Report of the Municipal Commissioner on the plague in Bombay for the year ending 31st May... - Volume 1
Disease focus: Plague
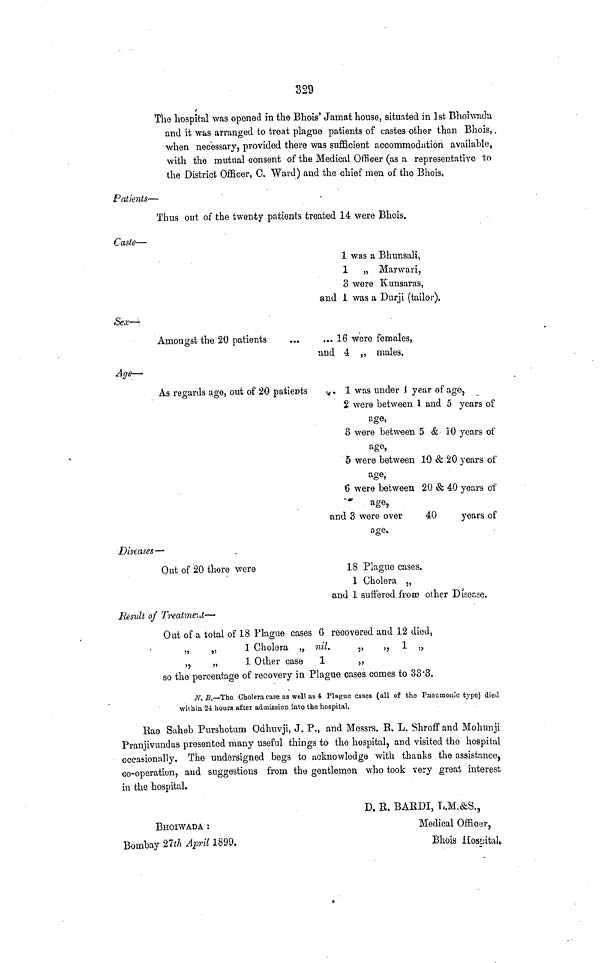
329
The hospital was opened in the Bhois' Jamat house, situated in 1st Bhohvadu
and it was arranged to treat plague patients of castes other than Bhois,
•when necessary, provided there was sufficient accommodation availahle,
with the mutual consent of the Medical Officer (as a representative to
the District Officer, C. Ward) and the chief men of the Bhois.
Patients—
Thus out of the twenty patients treated 14 were Bhois.
Caste—
1 was a Bhunsalij
1 „ Marwari,
3 were Kunsaras,
and 1 was a Durji (tailor).
Sex—'
Amongst the 20 patients
...
.,.16 were females,
•and 4 „ males.
Age—
As regards age, out of 20 patients
1 was under 1 year of age,
2 were between I and 5 years of
age,
8 were between 5 & 10 years of
ago,
5 were between 10 & 20 years of
age,
6 were between 20 & 40 years of
age,
and 3 were over
40
years of
age.
Diseases —
Out of 20 there were
18 Plague cases.
1 Cholera „
and 1 suffered from other Disease.
Result of Twatme f ,d—
Out of a total of 18 Plague cases 6 recovered and 12 died,
„
„
3 Cholera „ nil.
„
„ 1 „
,,
„
1 Other case
1
,,
so the percentage of recovery in Plague cases comes to 33 '8.
N-. B.—The Choi eta case as well as 4 Plague cases (all of the PneumonJc type) died
within 24 hours after admission into the hospital.
Eao Saheb Purshotum Odhuvji, J. P., and Messrs. R. L. Shroff and Mohnnji
Pranjivundas presented many useful things to the hospital, and visited the hospital
occasionally. The undersigned begs to acknowledge with thanks the assistance
co-operation, aud suggestions from the gentlemen who took very great interest
in the hospital.
D. B. BAKDI, UM.&S.,
BI-IOIWADA :
Medical Officer,
Bombay 21th April 1899,
Bhois Hospital